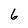
Character: 6